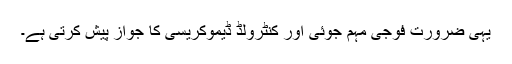
یہی ضرورت فوجی مہم جوئی اور کنٹرولڈ ڈیموکریسی کا جواز پیش کرتی ہے۔